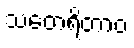
သတေရိတာဝ